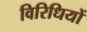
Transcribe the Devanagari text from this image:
विरिधियों